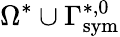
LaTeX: \Omega^{*}\cup\Gamma_{\mathrm{{sym}}}^{*,0}